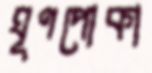
ঘূণপোকা